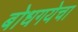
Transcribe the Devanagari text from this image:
बोधगयेचा